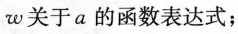
w关于a的函数表达式；